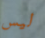
ليس